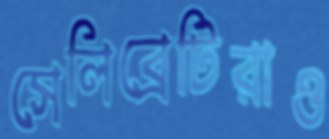
সেলিব্রেটিরাও